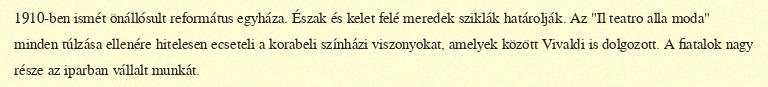
1910-ben ismét önállósult református egyháza. Észak és kelet felé meredek sziklák határolják. Az "Il teatro alla moda" minden túlzása ellenére hitelesen ecseteli a korabeli színházi viszonyokat, amelyek között Vivaldi is dolgozott. A fiatalok nagy része az iparban vállalt munkát.